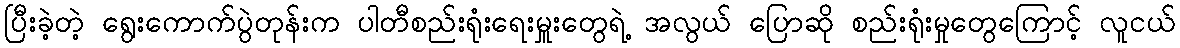
ပြီးခဲ့တဲ့ ရွေးကောက်ပွဲတုန်းက ပါတီစည်းရုံးရေးမှူးတွေရဲ့ အလွယ် ပြောဆို စည်းရုံးမှုတွေကြောင့် လူငယ်